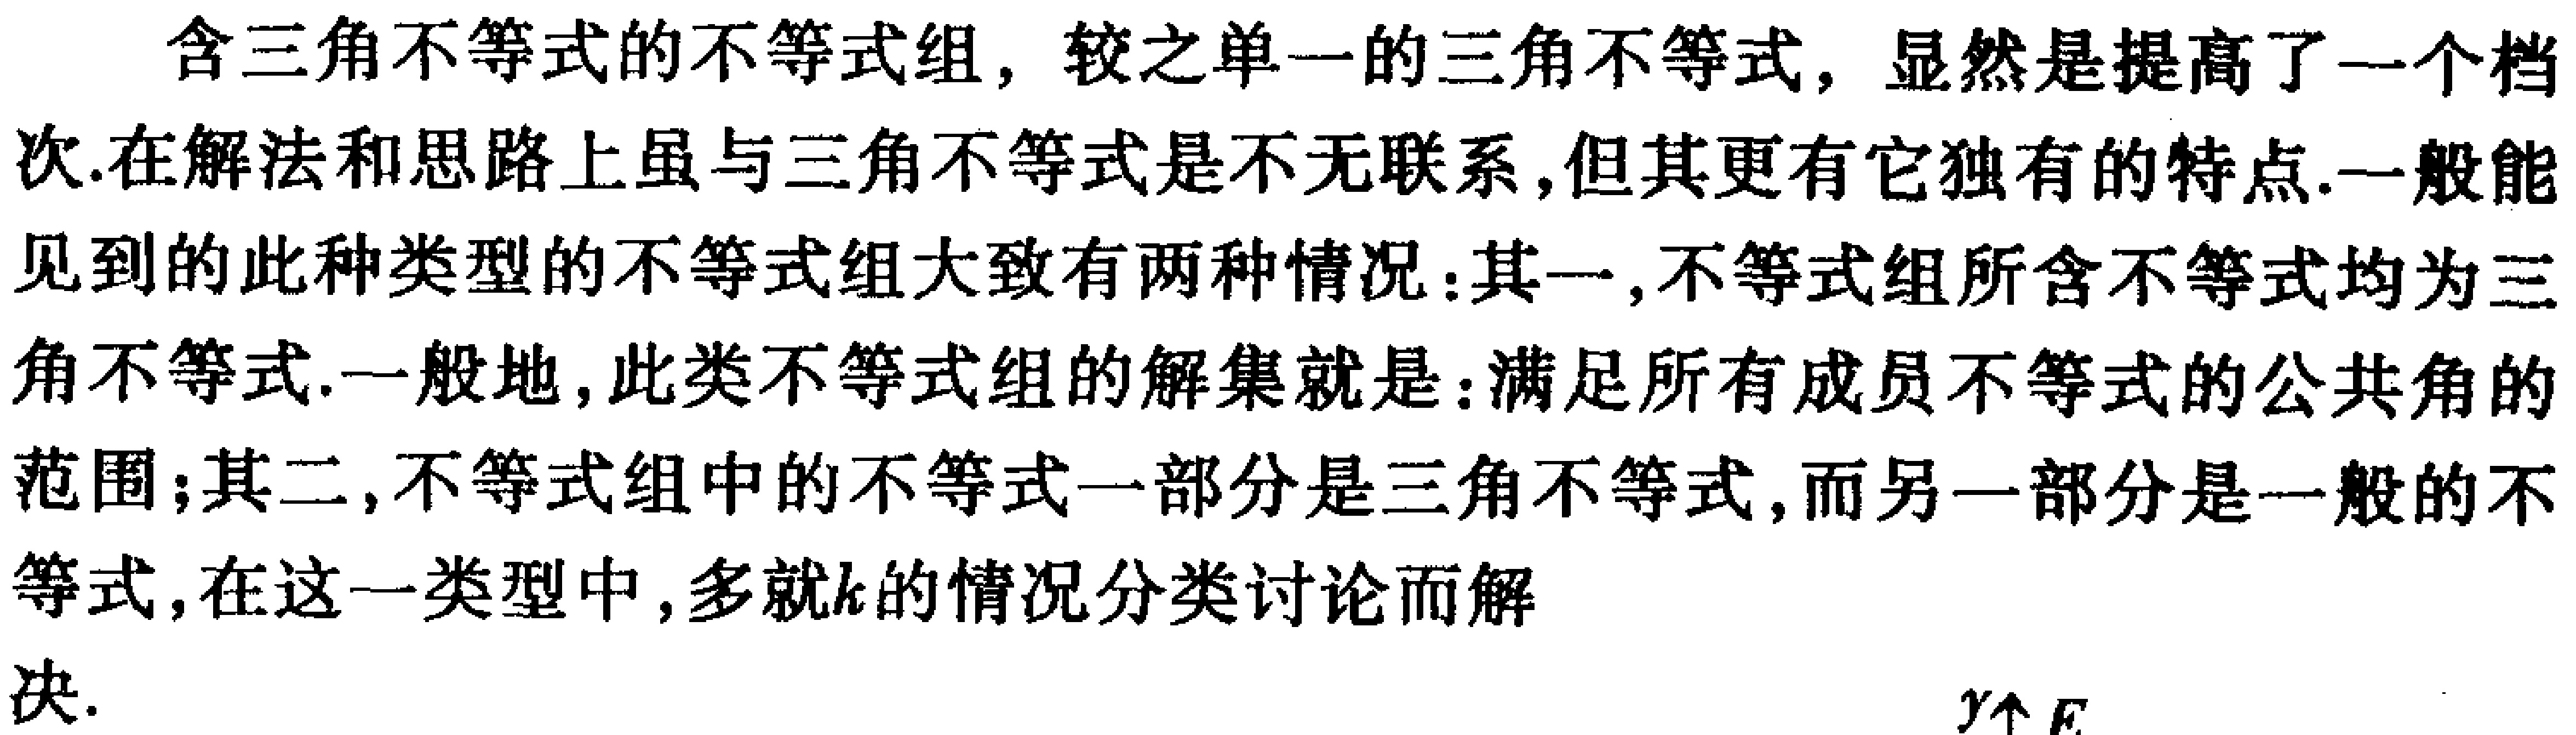
含三角不等式的不等式组，较之单一的三角不等式，显然是提高了一个档次.在解法和思路上虽与三角不等式是不无联系，但其更有它独有的特点.一般能见到的此种类型的不等式组大致有两种情况：其一，不等式组所含不等式均为三角不等式.一般地，此类不等式组的解集就是：满足所有成员不等式的公共角的范围；其二，不等式组中的不等式一部分是三角不等式，而另一部分是一般的不等式，在这一类型中，多就\(k\)的情况分类讨论而解决.
\(y\uparrow E\)